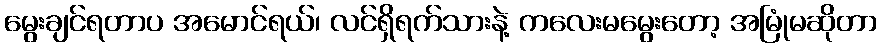
မွေးချင်ရတာပ အမောင်ရယ်၊ လင်ရှိရက်သားနဲ့ ကလေးမမွေးတော့ အမြုံမဆိုတာ